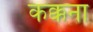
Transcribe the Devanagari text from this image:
कक्कना